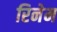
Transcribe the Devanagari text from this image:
रिनेम